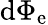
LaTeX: \mathrm{d}\Phi_{\mathrm{e}}